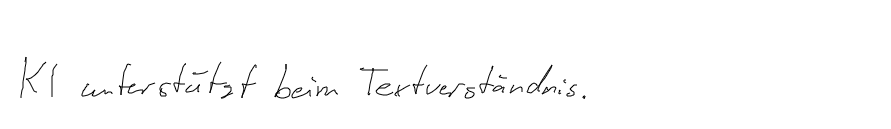
KI unterstützt beim Textverständnis.